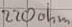
Text: 220ohm